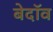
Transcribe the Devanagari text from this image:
बेदॉव